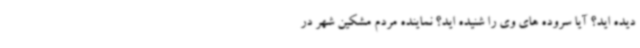
دیده اید؟ آیا سروده های وی را شنیده اید؟ نماینده مردم مشکین شهر در